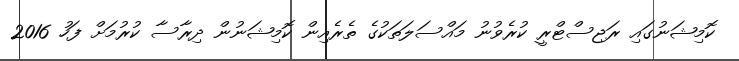
ކޮމިޝަނުގައި ރަޖިސްޓްރީ ކުރެވުނު މައްސަލަތަކުގެ ތެރެއިން ކޮމިޝަނުން ދިރާސާ ކުރުމަށް ފަހު 2016